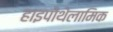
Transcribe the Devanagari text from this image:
हाइपोथेलामिक